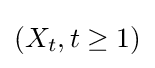
(X_{t},t\geq 1)